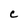
Character: c